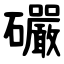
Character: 礹